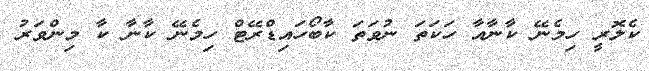
ކެލޮރީ ހިމެނޭ ކާނާއާ ހަކަތަ ނުވަތަ ކާބޯހައިޑްރޭޓް ހިމެނޭ ކާނާ ކާ މިންވަރު